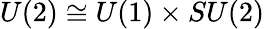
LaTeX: U(2)\cong U(1)\times SU(2)